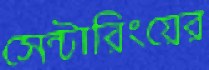
সেন্টারিংয়ের